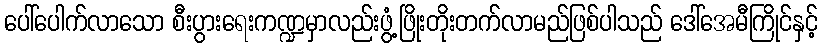
ပေါ်ပေါက်လာသော စီးပွားရေးကဏ္ဍမှာလည်းဖွံ့ဖြိုးတိုးတက်လာမည်ဖြစ်ပါသည် ဒေါ်အေမီကြိုင်နှင့်